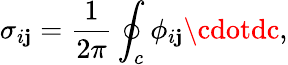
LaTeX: \sigma_{i\mathbf{j}}=\frac{{1}}{{2\pi}}\oint_{c}\phi_{i\mathbf{j}}\cdotdc,